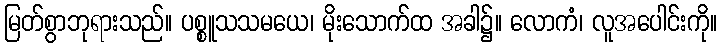
မြတ်စွာဘုရားသည်။ ပစ္စူသသမယေ၊ မိုးသောက်ထ အခါ၌။ လောကံ၊ လူအပေါင်းကို။